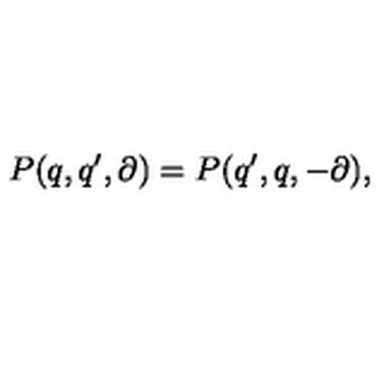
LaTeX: P ( q , q ^ { \prime } , \partial ) = P ( q ^ { \prime } , q , - \partial ) ,